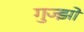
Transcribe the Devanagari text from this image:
गुज्झों